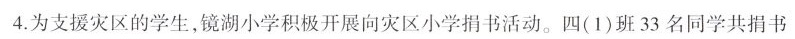
4. 为支援灾区的学生，镜湖小学积极开展向灾区小学捐书活动。四(1)班 33 名同学共捐书